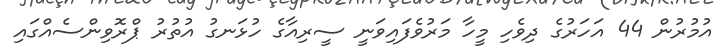
އުމުރުން 44 އަހަރުގެ ދިވެހި މީހާ މަރުވެފައިވަނީ ސީރިއާގެ ހުޅަނގު އުތުރު ޕްރޮވިންސެއްގައި